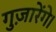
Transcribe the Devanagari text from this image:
गुज़ारेंगे।